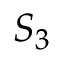
{ { S } _ { 3 } }